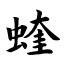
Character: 蝰